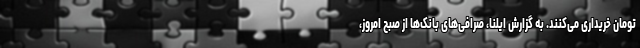
تومان خریداری می‌کنند. به گزارش ایلنا، صرافی‌های بانک‌ها از صبح امروز،